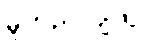
မူတည်လျက်